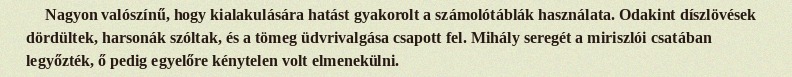
Nagyon valószínű, hogy kialakulására hatást gyakorolt a számolótáblák használata. Odakint díszlövések dördültek, harsonák szóltak, és a tömeg üdvrivalgása csapott fel. Mihály seregét a miriszlói csatában legyőzték, ő pedig egyelőre kénytelen volt elmenekülni.